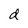
Character: d